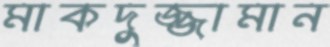
মাকদুজ্জামান